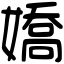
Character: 嬌